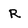
Character: R